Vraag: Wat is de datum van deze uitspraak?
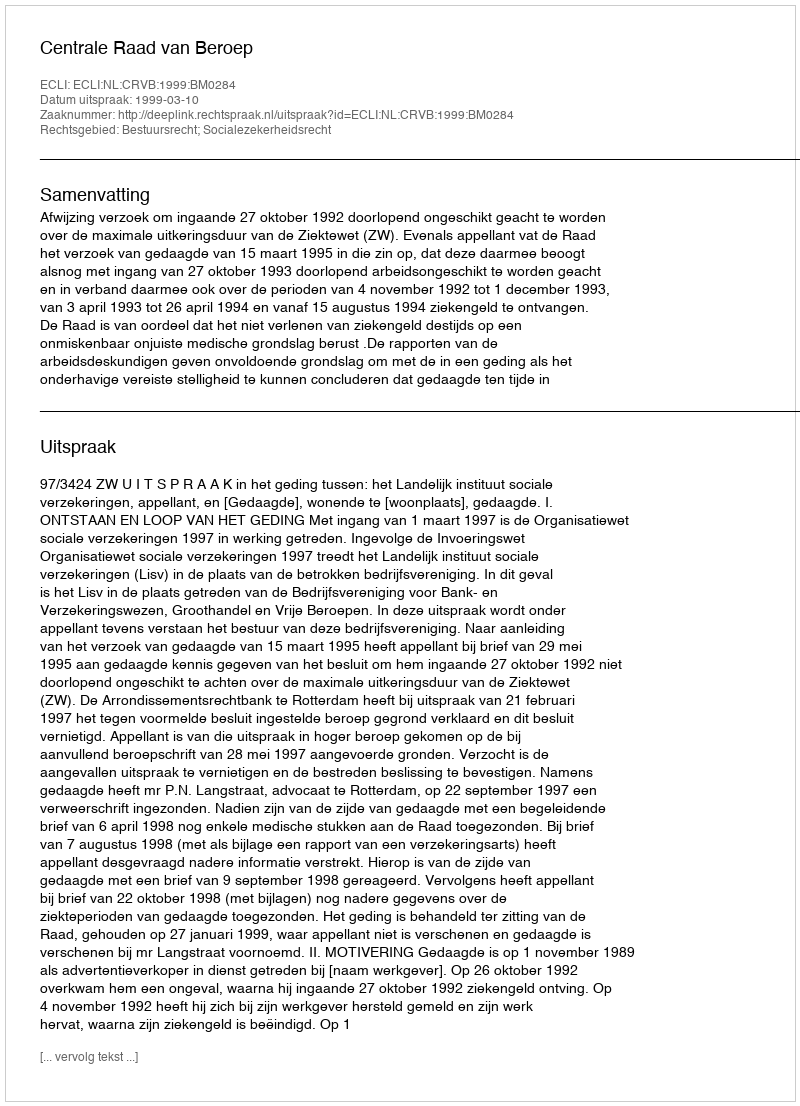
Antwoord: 1999-03-10